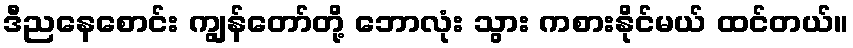
ဒီညနေစောင်း ကျွန်တော်တို့ ဘောလုံး သွား ကစားနိုင်မယ် ထင်တယ်။